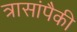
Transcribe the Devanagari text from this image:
त्रासांपैकी